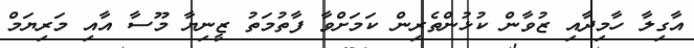
އާގިލާ ހާމިދާއި ޒުވާން ކުޅުންތެރިން ކަމަށްވާ ފާތުމަތު ޒީނިޔާ މޫސާ އާއި މަރިޔަމް